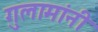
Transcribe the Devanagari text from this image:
गुलामांनी